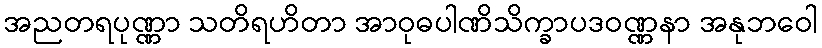
အညတရပုဏ္ဏာ သတိရဟိတာ အာဝုဓပါဏိသိက္ခာပဒဝဏ္ဏနာ အနုဘဝေါ